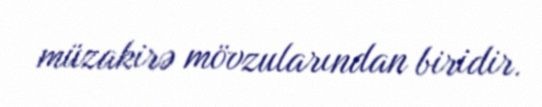
müzakirə mövzularından biridir.